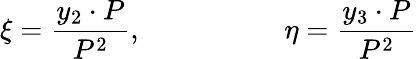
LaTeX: \xi={\frac{y_{2}\cdot P}{P^{2}}},\qquad\qquad\quad\eta={\frac{y_{3}\cdot P}{P^{2}}}